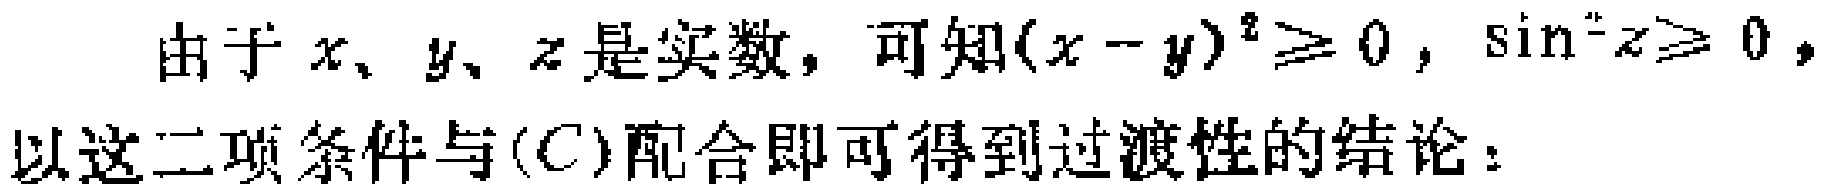
由于 \(x、y、z\) 是实数，可知\((x - y)^{2}\geq 0\)，\(\sin^{2}z\geq 0\)，以这二项条件与\((C)\)配合即可得到过渡性的结论：